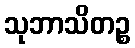
သုဘာသိတဉ္စ